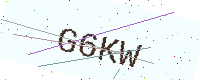
Text: G6KW